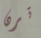
ترن